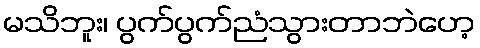
မသိဘူး၊ ပွက်ပွက်ညံသွားတာဘဲဟေ့